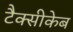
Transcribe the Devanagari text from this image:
टैक्सीकेब